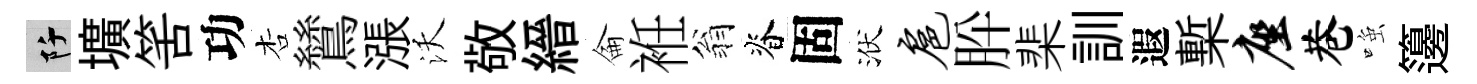
阡壙筈功杏鷥漲沃敬縉侖袵翁脊固洑扈肸棐訓遐槧座巷𫪻籩